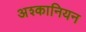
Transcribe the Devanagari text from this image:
अश्कानियन